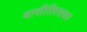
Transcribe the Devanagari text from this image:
बासीलिसका